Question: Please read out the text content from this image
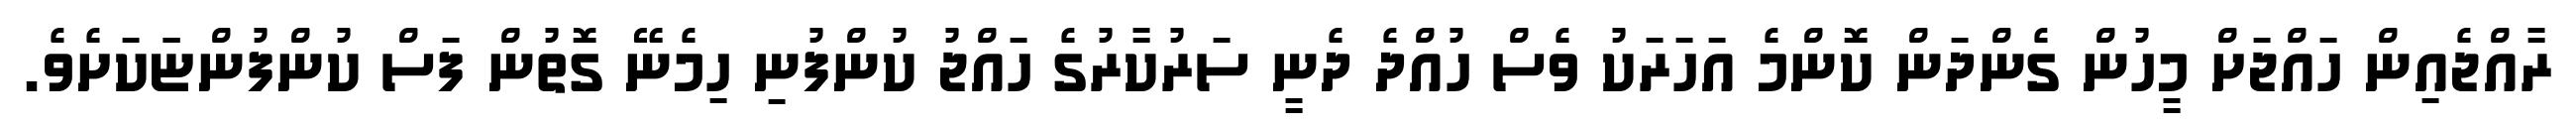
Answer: ރާއްޖެއިން ހައްޖަށް މީހުން ގެންދަން ކޮންމެ އަހަރަކު ވެސް ހުއްދެ ދެނީ ސަރުކާރުގެ ހައްޖު ކުންފުނި ހިމެނޭ ގޮތުން ފަސް ކުންފުންޏަަކަށެވެ.